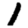
Digit: 1